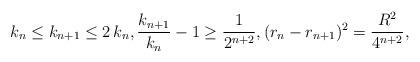
LaTeX: \begin{align*}k_n\le k_{n+1}\le 2\, k_n, \frac{k_{n+1}}{k_n}-1\ge \frac{1}{2^{n+2}}, (r_{n}-r_{n+1})^2=\frac{R^2}{4^{n+2}},\end{align*}